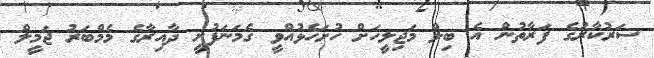
ސަރުކާރުގެ ފަރާތުން އެ ބިލް މަޖިލީހަށް ހުށަހެޅުއްވީ ގެމަނަފުށީ ދާއިރާގެ މެމްބަރު ޖަމީލް